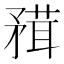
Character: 𥎂